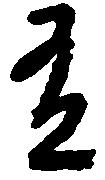
有